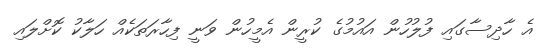
އެ ހާދިސާގައި ފުލުހުން އައުމުގެ ކުރީން އެމީހުން ވަނީ ފިހާރަތަކެއް ހަލާކު ކޮށްލައި